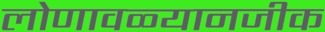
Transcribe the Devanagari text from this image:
लोणावळ्यानजीक